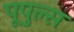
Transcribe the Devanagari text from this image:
पूपुल्स